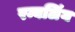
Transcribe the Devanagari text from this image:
रम्बलिंग